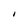
Character: I